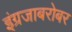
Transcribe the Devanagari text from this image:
इंग्रजाबरोबर